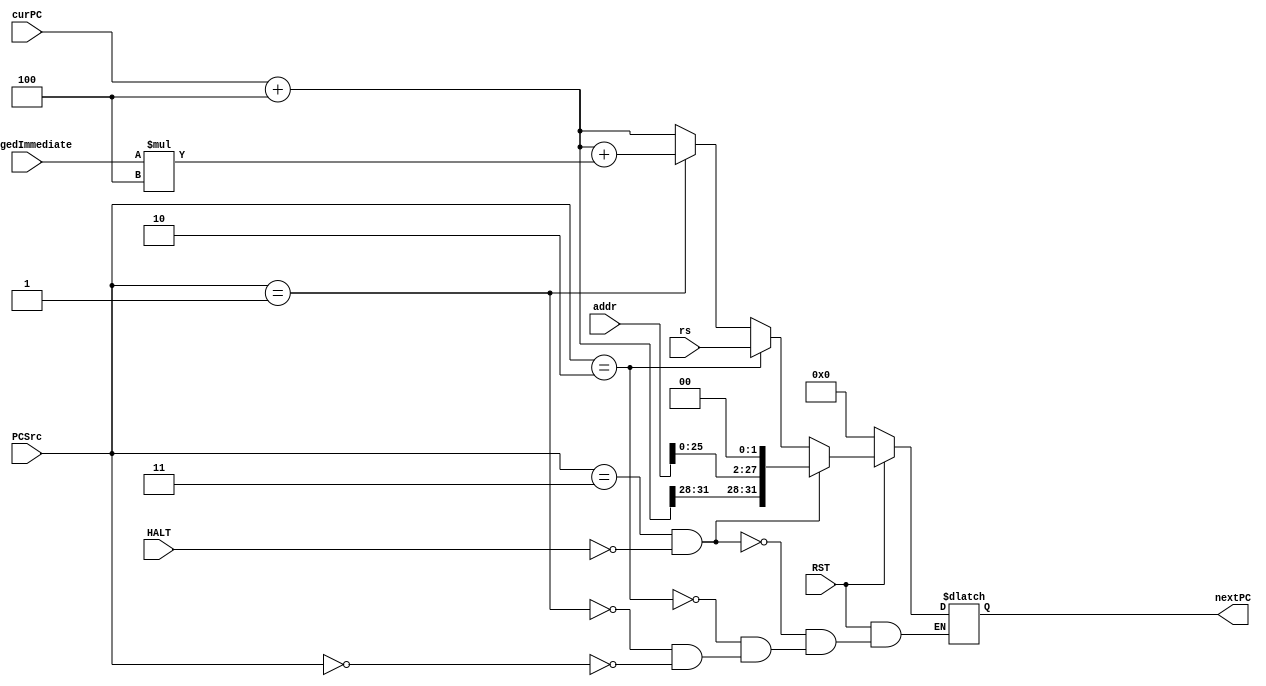
`timescale 1ns / 1ns
module PCchoose(
    input[1:0] PCSrc,
    input[31:0] rs,
    input[31:0] singedImmediate,
    input[31:0] curPC,
    input[31:0] addr,
    input RST,
    input HALT,
    output reg[31:0] nextPC
);
    initial begin
        nextPC<=0;
    end
    wire[31:0] PC4=curPC+4; 
    always@(*)begin
      if(!RST) nextPC<=0;
      else begin
        if(PCSrc==2'b00)begin
            nextPC<=PC4; //  lw sw
        end 
        if(PCSrc==2'b01)begin
            nextPC<=PC4+singedImmediate*4;//beq bne bltz
        end
        if(PCSrc==2'b10)begin
            nextPC<=rs; //jr  PC  GPR[rs] 
        end
        if(PCSrc==2'b11&&!HALT)begin
            nextPC<={PC4[31:28],addr[25:0],2'b00}; //j jal
        end
      end
    end
endmodule